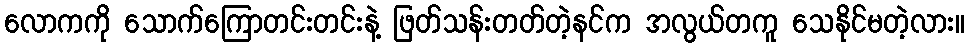
လောကကို သောက်ကြောတင်းတင်းနဲ့ ဖြတ်သန်းတတ်တဲ့နင်က အလွယ်တကူ သေနိုင်မတဲ့လား။